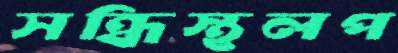
সন্ধিস্থলপ